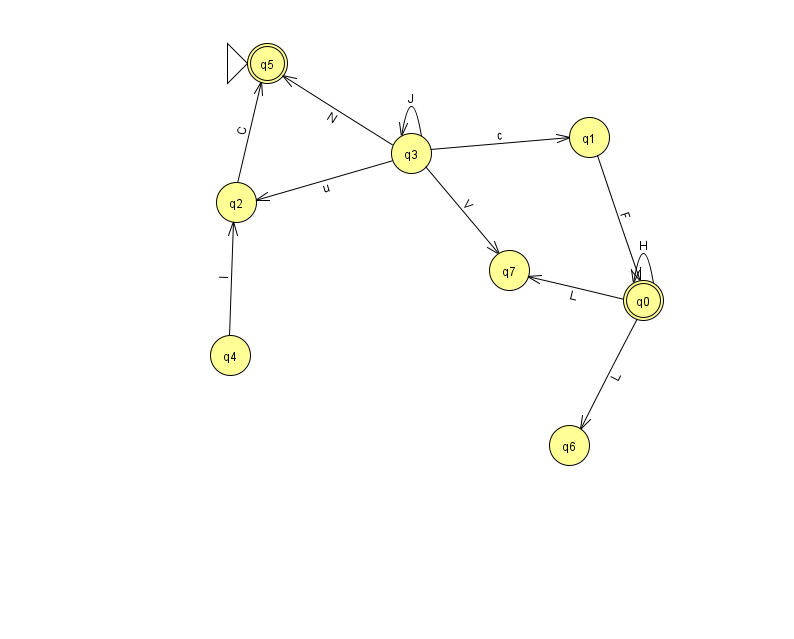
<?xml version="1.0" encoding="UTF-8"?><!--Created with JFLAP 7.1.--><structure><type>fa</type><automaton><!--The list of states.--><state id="0" name="q0"><x>643.0</x><y>287.0</y><final/></state><state id="1" name="q1"><x>589.0</x><y>124.0</y></state><state id="2" name="q2"><x>236.0</x><y>189.0</y></state><state id="3" name="q3"><x>411.0</x><y>140.0</y></state><state id="4" name="q4"><x>230.0</x><y>342.0</y></state><state id="5" name="q5"><x>267.0</x><y>50.0</y><initial/><final/></state><state id="6" name="q6"><x>569.0</x><y>432.0</y></state><state id="7" name="q7"><x>509.0</x><y>257.0</y></state><!--The list of transitions.--><transition><from>3</from><to>1</to><read>c</read></transition><transition><from>0</from><to>7</to><read>L</read></transition><transition><from>2</from><to>5</to><read>C</read></transition><transition><from>0</from><to>6</to><read>L</read></transition><transition><from>4</from><to>2</to><read>l</read></transition><transition><from>3</from><to>5</to><read>N</read></transition><transition><from>1</from><to>0</to><read>F</read></transition><transition><from>0</from><to>0</to><read>H</read></transition><transition><from>3</from><to>3</to><read>J</read></transition><transition><from>3</from><to>7</to><read>V</read></transition><transition><from>3</from><to>2</to><read>u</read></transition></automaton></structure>